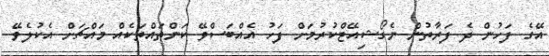
އޭގެ ފަހުން ދެ ފަރާތުން ނެގޯޝިއޭޓްކުރުމަށް ފަހު އެއްބަސްވޭ ކަންތައްތަކެއް މައްޗަށް އެކުލެވޭ